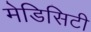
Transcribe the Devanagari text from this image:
मेडिसिटी